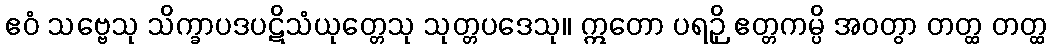
ဧဝံ သဗ္ဗေသု သိက္ခာပဒပဋိသံယုတ္တေသု သုတ္တပဒေသု။ ဣတော ပရဉှိ ဧတ္တကမ္ပိ အဝတွာ တတ္ထ တတ္ထ